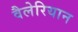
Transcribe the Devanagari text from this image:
वैलेरियान